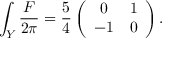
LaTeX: { \int _ { Y } { \frac { F } { 2 \pi } } = { \frac { 5 } { 4 } } \left( \begin{array} { c c } { { 0 } } & { { 1 } } \\ { { - 1 } } & { { 0 } } \end{array} \right) . }